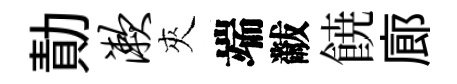
勣漱夾端黻𩜙廊